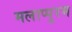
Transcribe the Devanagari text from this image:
मलाप्पुरम